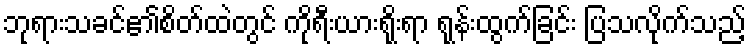
ဘုရားသခင်၏စိတ်ထဲတွင် ကိုရီးယားရိုးရာ ရုန်းထွက်ခြင်း ပြသလိုက်သည့်